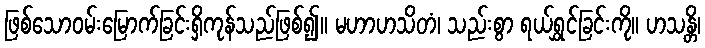
ဖြစ်သောဝမ်းမြောက်ခြင်းရှိကုန်သည်ဖြစ်၍။ မဟာဟသိတံ၊ သည်းစွာ ရယ်ရွှင်ခြင်းကို။ ဟသန္တိ၊